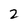
Character: 2